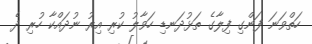
ހަތްވަނަ ފަންގި ފިލާގެ ތަޅުދަނޑި ހަވާލު ކުރި އިރު ނުދައްކާ ހުރި ދެ